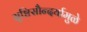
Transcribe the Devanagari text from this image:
सृष्टिसौन्दर्यामुळे